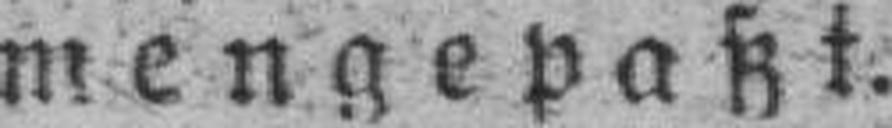
mengepaßt.